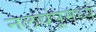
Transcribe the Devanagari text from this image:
नलचंपूमध्ये